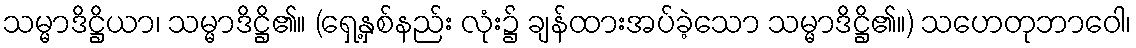
သမ္မာဒိဋ္ဌိယာ၊ သမ္မာဒိဋ္ဌိ၏။ (ရှေ့နှစ်နည်း လုံး၌ ချန်ထားအပ်ခဲ့သော သမ္မာဒိဋ္ဌိ၏။) သဟေတုဘာဝေါ၊